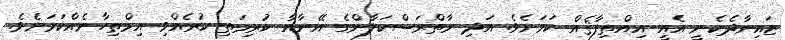
ޒައިނާދެކެނީ އެއީ އިއްތިފާޤެއް ކަމަށެވެ. އަދި މާތްރަސްކަލާންގެ އޭނާއާ ކުރިމަތި ކުރެއްވި އިމްތިހާނެއްކަމަށެވެ.